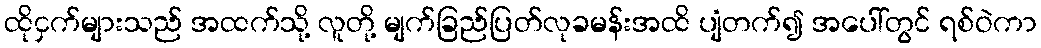
ထိုငှက်များသည် အထက်သို့ လူတို့ မျက်ခြည်ပြတ်လုခမန်းအထိ ပျံတက်၍ အပေါ်တွင် ရစ်ဝဲကာ